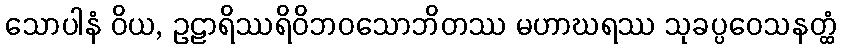
သောပါနံ ဝိယ, ဥဠာရိဿရိဝိဘဝသောဘိတဿ မဟာဃရဿ သုခပ္ပဝေသနတ္ထံ